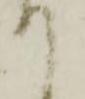
て